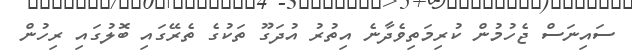
ސައިނަސް ޖެހުމުން ކުރިމަތިވެދާނެ އިތުރު އުދަގޫ ތަކުގެ ތެރޭގައި ބޮލުގައި ރިހުން